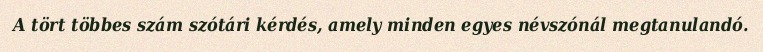
A tört többes szám szótári kérdés, amely minden egyes névszónál megtanulandó.